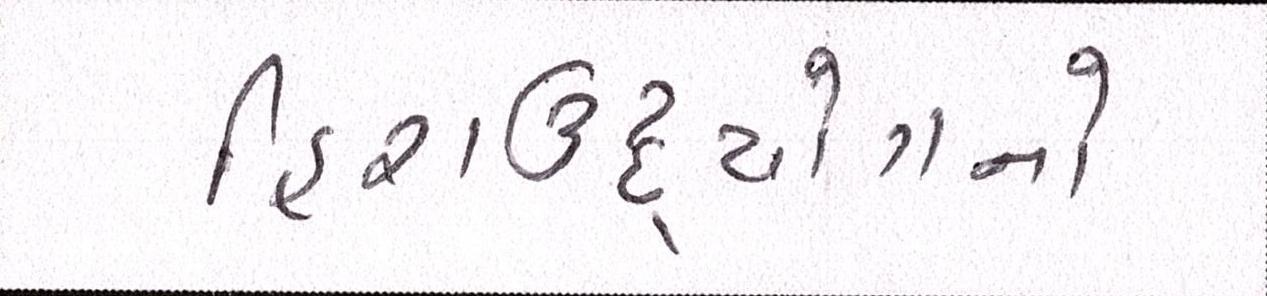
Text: હિરાઉદ્યોગનો